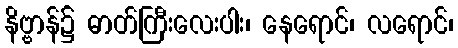
နိဗ္ဗာန်၌ ဓာတ်ကြီးလေးပါး၊ နေရောင်၊ လရောင်၊